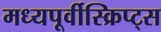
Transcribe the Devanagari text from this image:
मध्यपूर्वीस्क्रिप्ट्स